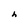
Character: h